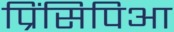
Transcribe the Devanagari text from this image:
प्रिंसिपिआ